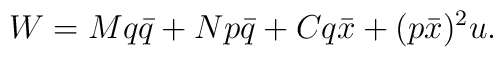
W=Mq\bar{q}+Np\bar{q}+Cq\bar{x}+(p\bar{x})^2u.